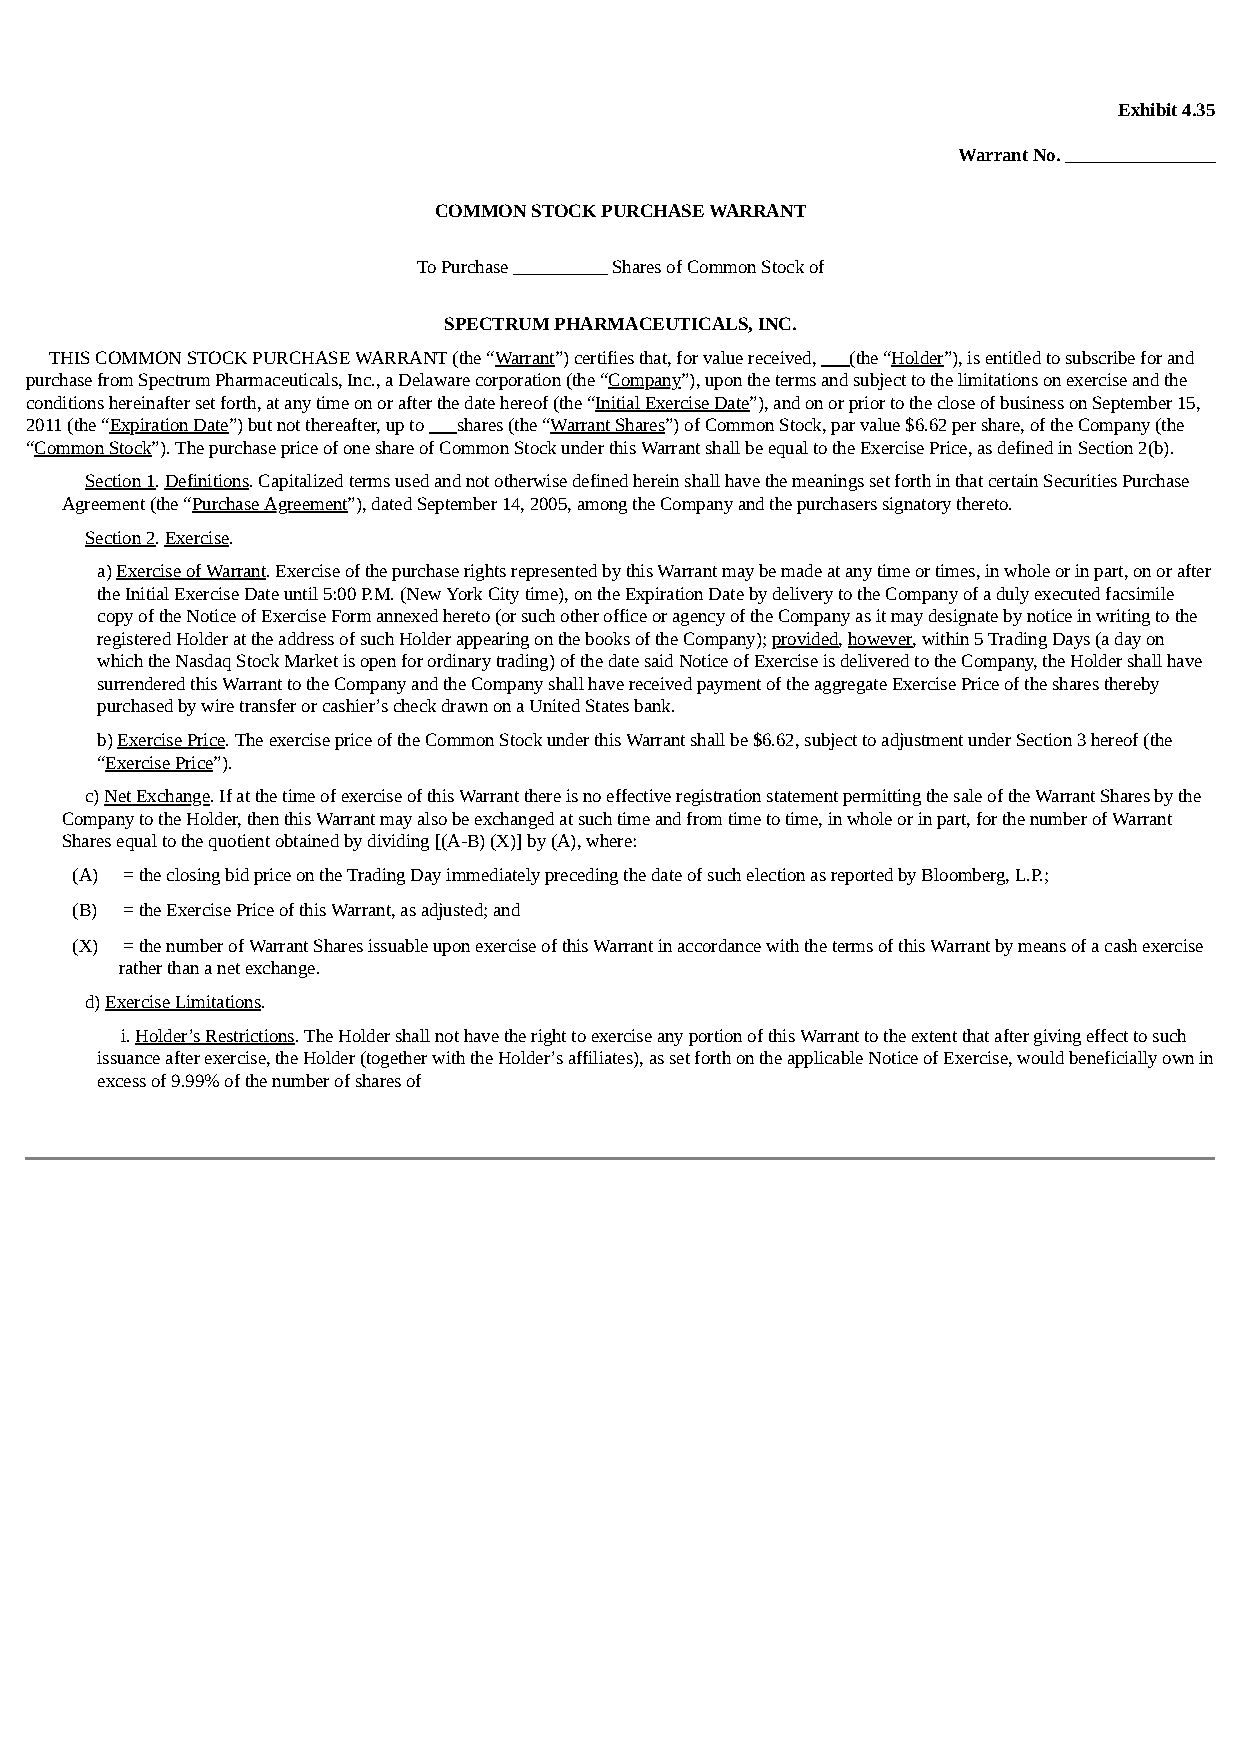
Exhibit 4.35
 Warrant No. ________________
 COMMON STOCK PURCHASE WARRANT
 To Purchase __________ Shares of Common Stock of
 SPECTRUM PHARMACEUTICALS, INC.
 THIS COMMON STOCK PURCHASE WARRANT (the “Warrant”) certifies that, for value received, ___(the “Holder”), is entitled to subscribe for and
 purchase from Spectrum Pharmaceuticals, Inc., a Delaware corporation (the “Company”), upon the terms and subject to the limitations on exercise and the
 conditions hereinafter set forth, at any time on or after the date hereof (the “Initial Exercise Date”), and on or prior to the close of business on September 15,
 2011 (the “Expiration Date”) but not thereafter, up to ___shares (the “Warrant Shares”) of Common Stock, par value $6.62 per share, of the Company (the
 “Common Stock”). The purchase price of one share of Common Stock under this Warrant shall be equal to the Exercise Price, as defined in Section 2(b).
 Section 1. Definitions. Capitalized terms used and not otherwise defined herein shall have the meanings set forth in that certain Securities Purchase
 Agreement (the “Purchase Agreement”), dated September 14, 2005, among the Company and the purchasers signatory thereto.
 Section 2. Exercise.
 a) Exercise of Warrant. Exercise of the purchase rights represented by this Warrant may be made at any time or times, in whole or in part, on or after
 the Initial Exercise Date until 5:00 P.M. (New York City time), on the Expiration Date by delivery to the Company of a duly executed facsimile
 copy of the Notice of Exercise Form annexed hereto (or such other office or agency of the Company as it may designate by notice in writing to the
 registered Holder at the address of such Holder appearing on the books of the Company); provided, however, within 5 Trading Days (a day on
 which the Nasdaq Stock Market is open for ordinary trading) of the date said Notice of Exercise is delivered to the Company, the Holder shall have
 surrendered this Warrant to the Company and the Company shall have received payment of the aggregate Exercise Price of the shares thereby
 purchased by wire transfer or cashier’s check drawn on a United States bank.
 b) Exercise Price. The exercise price of the Common Stock under this Warrant shall be $6.62, subject to adjustment under Section 3 hereof (the
 “Exercise Price”).
 c) Net Exchange. If at the time of exercise of this Warrant there is no effective registration statement permitting the sale of the Warrant Shares by the
 Company to the Holder, then this Warrant may also be exchanged at such time and from time to time, in whole or in part, for the number of Warrant
 Shares equal to the quotient obtained by dividing [(A-B) (X)] by (A), where:
 (A) = the closing bid price on the Trading Day immediately preceding the date of such election as reported by Bloomberg, L.P.;
 (B) = the Exercise Price of this Warrant, as adjusted; and
 (X) = the number of Warrant Shares issuable upon exercise of this Warrant in accordance with the terms of this Warrant by means of a cash exercise
 rather than a net exchange.
 d) Exercise Limitations.
 i. Holder’s Restrictions. The Holder shall not have the right to exercise any portion of this Warrant to the extent that after giving effect to such
 issuance after exercise, the Holder (together with the Holder’s affiliates), as set forth on the applicable Notice of Exercise, would beneficially own in
 excess of 9.99% of the number of shares of